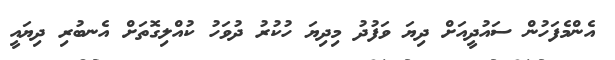
އެންމެފަހުން ސައުދީއަށް ދިޔަ ވަފުދު މިދިޔަ ހުކުރު ދުވަހު ކުއްލިގޮތަށް އެނބުރި ދިޔައީ